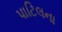
પાટિલના